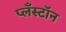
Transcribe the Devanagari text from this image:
प्लँस्टॉन